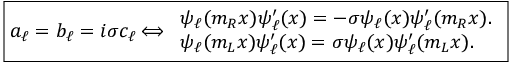
\boxed { a _ { \ell } = b _ { \ell } = i \sigma c _ { \ell } \Longleftrightarrow \begin{array} { l r } { \psi _ { \ell } ( m _ { R } x ) \psi _ { \ell } ^ { \prime } ( x ) = - \sigma \psi _ { \ell } ( x ) \psi _ { \ell } ^ { \prime } ( m _ { R } x ) . } \\ { \psi _ { \ell } ( m _ { L } x ) \psi _ { \ell } ^ { \prime } ( x ) = \sigma \psi _ { \ell } ( x ) \psi _ { \ell } ^ { \prime } ( m _ { L } x ) . } \end{array} }